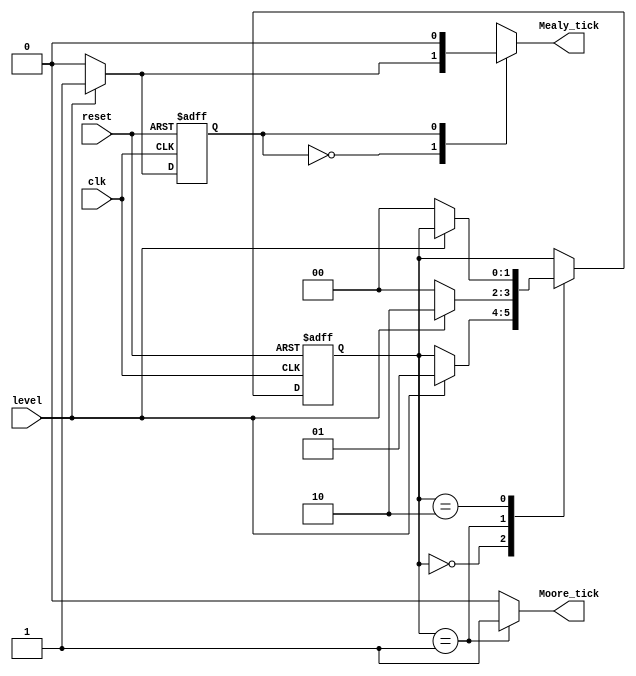
module edgeDetector
(
    input wire clk, reset, 
    input wire level, 
    output reg Mealy_tick, Moore_tick
);

localparam 
    zeroMealy = 1'b0,
    oneMealy =  1'b1;
    
localparam [1:0] 
    zeroMoore = 2'b00,
    edgeMoore = 2'b01, 
    oneMoore = 2'b10;

reg stateMealy_reg, stateMealy_next; 
reg[1:0] stateMoore_reg, stateMoore_next;

always @(posedge clk, posedge reset)
begin
    if(reset) 
        begin
        stateMealy_reg <= zeroMealy;
        stateMoore_reg <= zeroMoore;
        end
    else
        begin
        stateMealy_reg <= stateMealy_next;
        stateMoore_reg <= stateMoore_next;
        end
end
always @(stateMealy_reg, level)
begin
    
    stateMealy_next = stateMealy_reg; 
    
    Mealy_tick = 1'b0;
    case(stateMealy_reg)
        zeroMealy:
            if(level)  
                begin
                    stateMealy_next = oneMealy; 
                    Mealy_tick = 1'b1;
                end
        oneMealy: 
            if(~level) 
                stateMealy_next = zeroMealy; 
    endcase
end

always @(stateMoore_reg, level)
begin
   
    stateMoore_next = stateMoore_reg;
    
    Moore_tick = 1'b0; 
    case(stateMoore_reg)
        zeroMoore: 
            if(level) 
                stateMoore_next = edgeMoore; 
        edgeMoore:
            begin
                Moore_tick = 1'b1; 
                if(level) 
                    stateMoore_next = oneMoore;
                else    
                    stateMoore_next = zeroMoore; 
            end
        oneMoore: 
            if(~level) 
                stateMoore_next = zeroMoore;
     endcase
end
endmodule